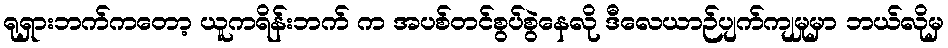
ရုရှားဘက်ကတော့ ယူကရိန်းဘက် က အပစ်တင်စွပ်စွဲနေလို ဒီလေယာဉ်ပျက်ကျမှုမှာ ဘယ်လိုမှ